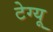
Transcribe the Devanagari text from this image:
टेग्यू